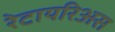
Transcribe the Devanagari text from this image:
रेटायरिअस